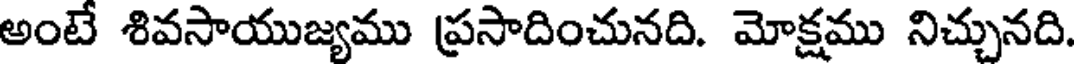
అంటే శివసాయుజ్యము ప్రసాదించునది. మోక్షము నిచ్చునది.